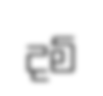
දම්